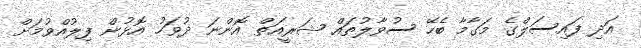
އަދި ފައިސަލްގެ މަގާމާ ބެހޭ ސުވާލުތައް ޝަރީއަތް އޮންނަ ދުވަހު އޮޅުން ފިލުއްވުމަށް